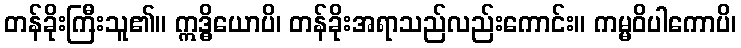
တန်ခိုးကြီးသူ၏။ ဣဒ္ဓိယောပိ၊ တန်ခိုးအရာသည်လည်းကောင်း။ ကမ္မဝိပါကောပိ၊